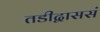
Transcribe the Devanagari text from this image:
तडीद्वाससं